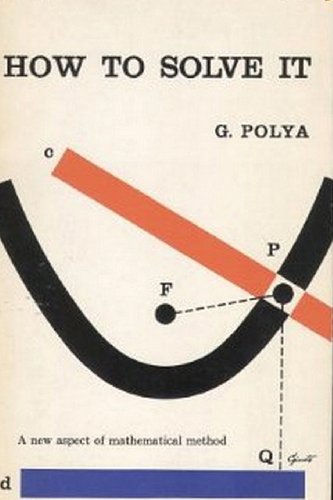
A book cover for How to Solve It: A New Aspect of Mathematical Method; George Polya; Business & Money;